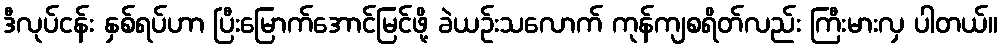
ဒီလုပ်ငန်း နှစ်ရပ်ဟာ ပြီးမြောက်အောင်မြင်ဖို့ ခဲယဉ်းသလောက် ကုန်ကျစရိတ်လည်း ကြီးမားလှ ပါတယ်။